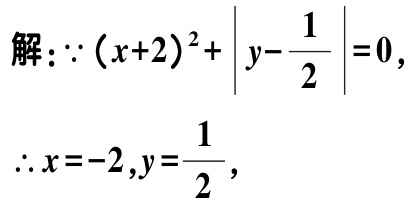
解：\(\because (x + 2)^2+\left|y-\frac{1}{2}\right| = 0\)，

\(\therefore x = - 2,y=\frac{1}{2}\)，